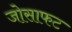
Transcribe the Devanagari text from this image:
जोसाफट